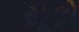
સૂકો